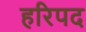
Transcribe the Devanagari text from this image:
हरिपद